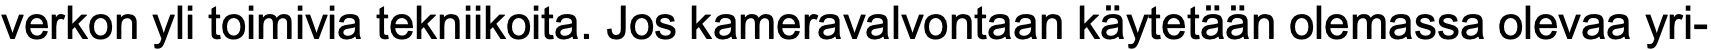
verkon yli toimivia tekniikoita. Jos kameravalvontaan käytetään olemassa olevaa yri-